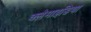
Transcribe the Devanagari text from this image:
क्लेमाइडिया